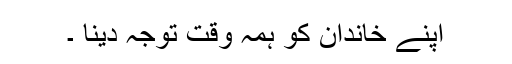
اپنے خاندان کو ہمہ وقت توجہ دینا ۔